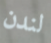
لندن